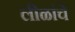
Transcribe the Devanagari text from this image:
लीळांचे